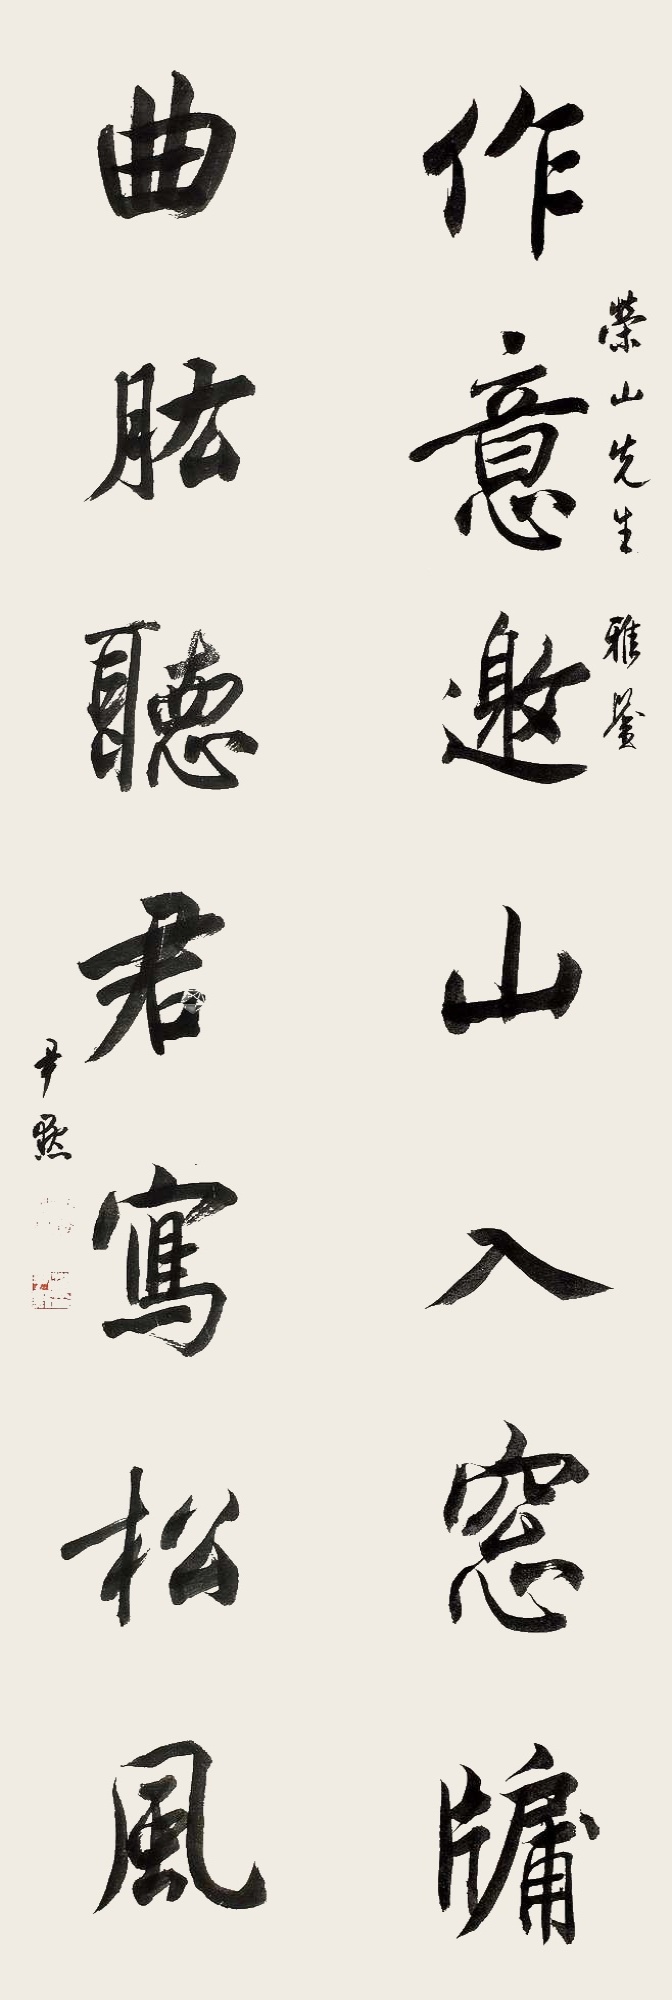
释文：作意邀山入窗牗，曲肱听君写松风。荣山先生雅鉴，尹默。